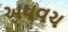
અધવચ